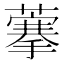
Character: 藆